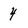
Character: 4